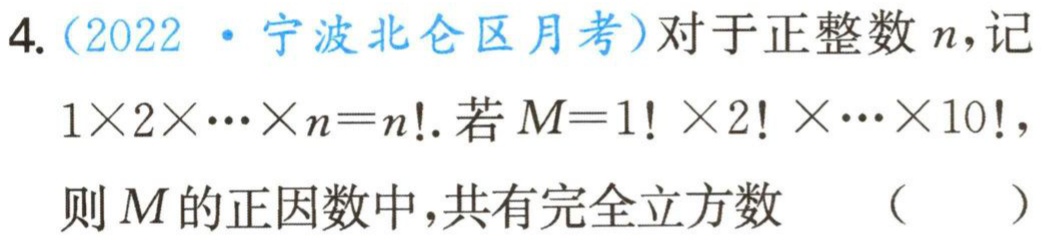
4.（2022·宁波北仑区月考）对于正整数\(n\)，记\(1\times2\times\cdots\times n = n!\)。若\(M = 1!\times2!\times\cdots\times10!\)，则\(M\)的正因数中，共有完全立方数 （  ）